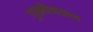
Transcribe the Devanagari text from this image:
गुळवेलसत्त्व